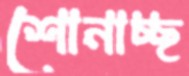
শোনাচ্ছ